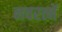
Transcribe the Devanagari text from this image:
नवरत्नें